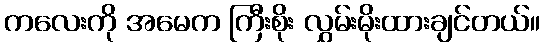
ကလေးကို အမေက ကြီးစိုး လွှမ်းမိုးထားချင်တယ်။